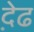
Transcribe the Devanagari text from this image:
द़ेढ